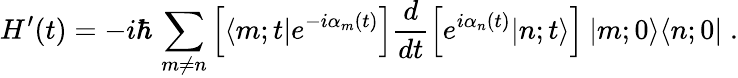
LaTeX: H^{\prime}(t)=-i\hbar\, \sum_{m\neq n}\left[\langle m;t|e^{-i\alpha_{m}(t)}\right]\frac{d}{dt}\left[e^{i\alpha_{n}(t)}|n;t\rangle\right]\: |m;0\rangle\langle n;0|\; .